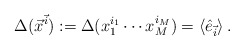
\begin{align*}\Delta(\vec{x}^{\vec{i}}):=\Delta(x_1^{i_1}\cdots x_M^{i_M}) =\langle \hat{e}_{\vec{i}} \rangle\,.\end{align*}